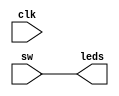
`timescale 1ns / 1ps
//////////////////////////////////////////////////////////////////////////////////
// Company: UTN FRBA
// 
// Design Name: 
// Module Name: led_blink
// Project Name: 
// Target Devices: 
// Tool Versions: 
// Description: 
// 
// Dependencies: 
// 
// Revision:
// Revision 0.01 - File Created
// Additional Comments:
// 
//////////////////////////////////////////////////////////////////////////////////

//Definicin bsica de un mdulo

module led_blink#( // Puertos IN/OUT
    parameter N = 8,
    parameter M = 50000000
    )
    (
    input clk,
    input [N-1:0] sw,
    output [N-1:0] leds
    );
//Logica

    assign leds = sw;

endmodule